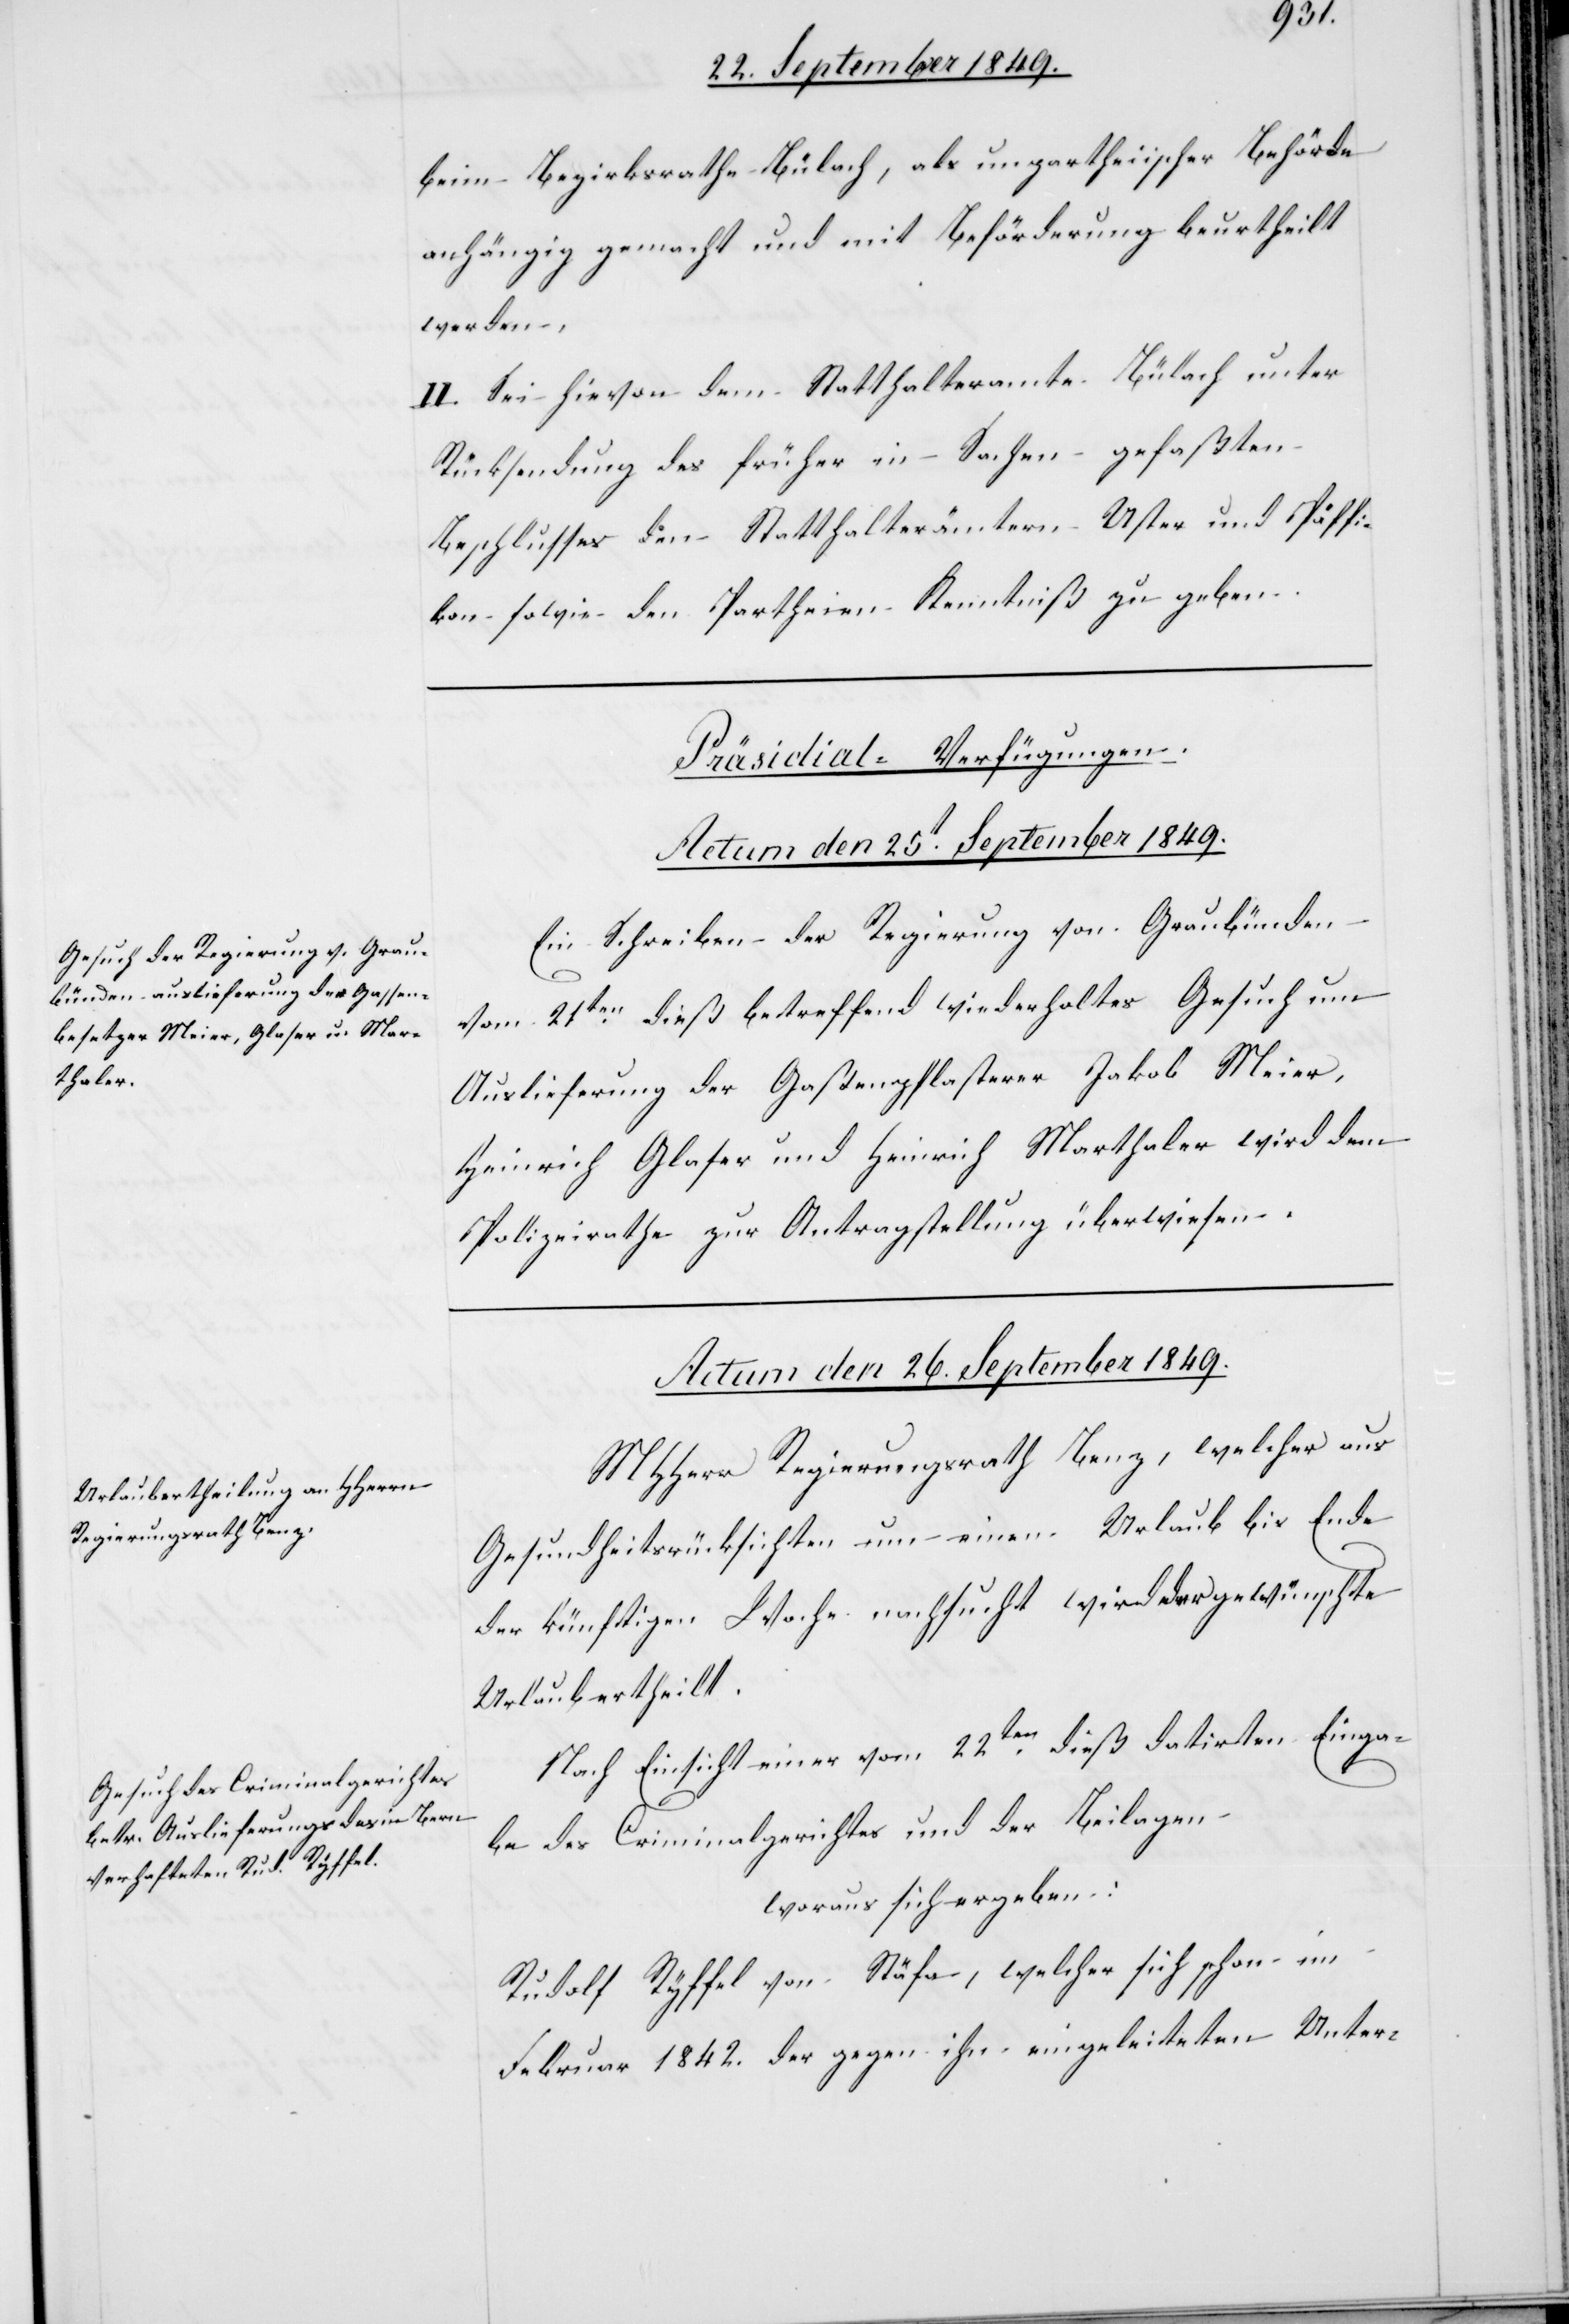
beim Bezirksrathe Bülach, als unpartheiischer Behörde
anhängig gemacht und mit Beförderung beurtheilt
werden,
II. Sei hievon dem Statthalteramte Bülach unter
Rücksendung des früher in Sachen gefaßten
Beschlusses den Statthalterämtern Uster und Pfäffi¬
kon sowie den Partheien Kenntniß zu geben.
[Präsidial-Verfügungen.
Actum den 25t September 1849.
Ein Schreiben der Regierung von Graubünden
vom 21ten dieß betreffend wiederholtes Gesuch um
Auslieferung der Gassenpflasterer Jakob Meier,
Heinrich Glaser und Heinrich Marthaler wird dem
Polizeirathe zur Antragstellung überwiesen.
Actum den 26t September 1849.]
MHHerr Regierungsrath Benz, welcher aus
Gesundheitsrücksichten um einen Urlaub bis Ende
der künftigen Woche nachsucht wird der gewünschte
Urlaub ertheilt.
Nach Einsicht einer vom 22ten dieß datirten Einga¬
be des Criminalgerichtes und der Beilagen
woraus sich ergeben:
Rudolf Ryffel von Stäfa, welcher sich schon im
Februar 1842. der gegen ihn eingeleiteten Unter-